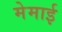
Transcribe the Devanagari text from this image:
मेमाई